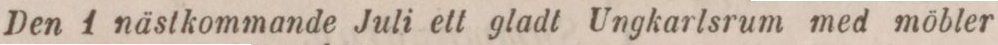
Den 1 nästkommande Juli ett gladt Ungkarlsrum med möbler